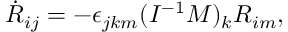
\begin{array} { r } { \dot { R } _ { i j } = - \epsilon _ { j k m } ( I ^ { - 1 } M ) _ { k } R _ { i m } , } \end{array}